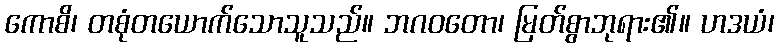
ကောစိ၊ တစုံတယောက်သောသူသည်။ ဘဂဝတော၊ မြတ်စွာဘုရား၏။ ဟဒယံ၊